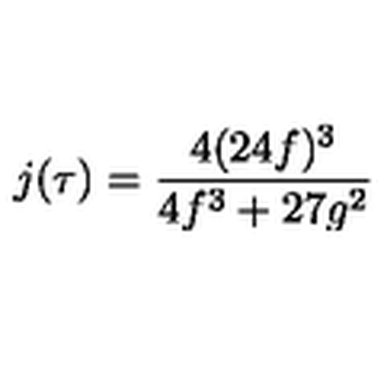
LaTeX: j ( \tau ) = { \frac { 4 ( 2 4 f ) ^ { 3 } } { 4 f ^ { 3 } + 2 7 g ^ { 2 } } }